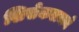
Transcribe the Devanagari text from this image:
शिसेकलमने